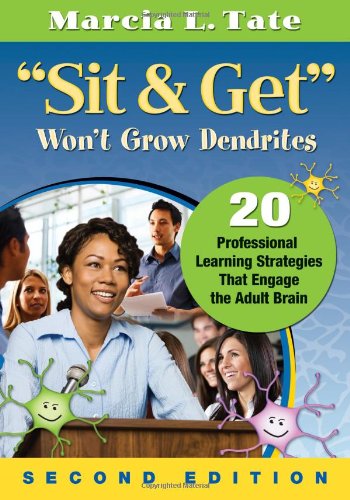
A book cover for "Sit and Get" Won't Grow Dendrites: 20 Professional Learning Strategies That Engage the Adult Brain; Marcia L. Tate; Education & Teaching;